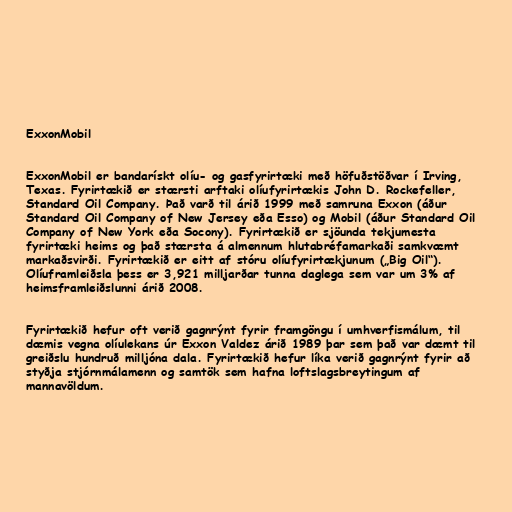
ExxonMobil

ExxonMobil er bandarískt olíu- og gasfyrirtæki með höfuðstöðvar í Irving,
Texas. Fyrirtækið er stærsti arftaki olíufyrirtækis John D. Rockefeller,
Standard Oil Company. Það varð til árið 1999 með samruna Exxon (áður
Standard Oil Company of New Jersey eða Esso) og Mobil (áður Standard Oil
Company of New York eða Socony). Fyrirtækið er sjöunda tekjumesta
fyrirtæki heims og það stærsta á almennum hlutabréfamarkaði samkvæmt
markaðsvirði. Fyrirtækið er eitt af stóru olíufyrirtækjunum („Big Oil“).
Olíuframleiðsla þess er 3,921 milljarðar tunna daglega sem var um 3% af
heimsframleiðslunni árið 2008.

Fyrirtækið hefur oft verið gagnrýnt fyrir framgöngu í umhverfismálum, til
dæmis vegna olíulekans úr Exxon Valdez árið 1989 þar sem það var dæmt til
greiðslu hundruð milljóna dala. Fyrirtækið hefur líka verið gagnrýnt fyrir að
styðja stjórnmálamenn og samtök sem hafna loftslagsbreytingum af
mannavöldum.